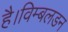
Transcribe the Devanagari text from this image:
है।विम्बलडन